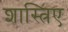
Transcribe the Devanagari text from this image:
शास्त्रिए